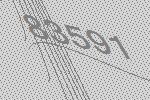
83591